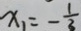
x _ { 1 } = - \frac { 1 } { 3 }